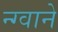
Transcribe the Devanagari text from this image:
न्ग्वाने